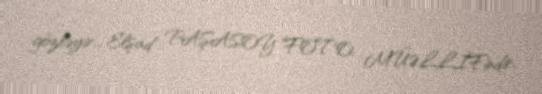
gözləyir... Elşad PAŞASOY FOTO: MÜƏLLİFindir.